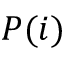
P ( i )